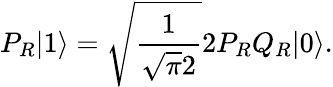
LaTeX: P_{R}|1\rangle=\sqrt{\frac{1}{\sqrt{\pi}2}}2P_{R}Q_{R}|0\rangle.